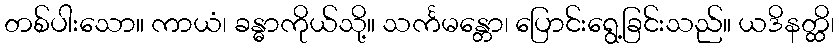
တစ်ပါးသော။ ကာယံ၊ ခန္ဓာကိုယ်သို့။ သင်္ကမန္တော၊ ပြောင်းရွေ့ခြင်းသည်။ ယဒိနတ္ထိ၊